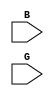
module Gray(B,G);
input [3:0] B;
input [3:0] G;

assign G[3]=B[3];
assign G[2]=B[2]^B[3];
assign G[1]=B[1]^B[2];
assign G[0]=B[0]^B[1];


endmodule